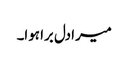
میرا دل برا ہوا۔